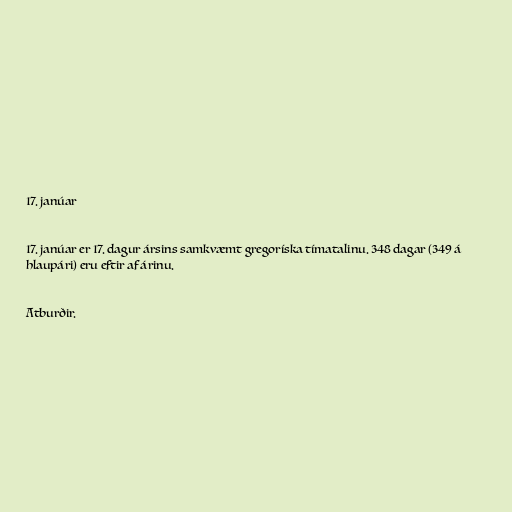
17. janúar

17. janúar er 17. dagur ársins samkvæmt gregoríska tímatalinu. 348 dagar (349 á
hlaupári) eru eftir af árinu.

Atburðir.